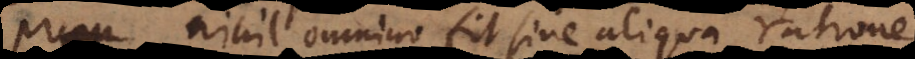
prop nihil omnino fit sine aliqua ratione,